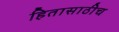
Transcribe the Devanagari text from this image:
हितासाठीच